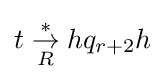
t\mathrel {\overset {*}{\underset {R}{\rightarrow }}} hq_{r+2}h